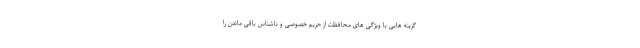
گزینه هایی با ویژگی های محافظت از حریم خصوصی و ناشناس باقی ماندن را